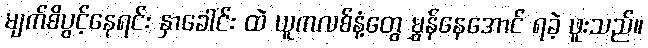
မျက်စိပွင့်နေရင်း နှာခေါင်း ထဲ ယူကလစ်နံ့တွေ မွှန်နေအောင် ရခဲ့ ဖူးသည်။